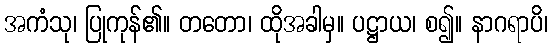
အကံသု၊ ပြုကုန်၏။ တတော၊ ထိုအခါမှ။ ပဋ္ဌာယ၊ စ၍။ နာဂရာပိ၊